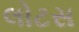
લોટસ